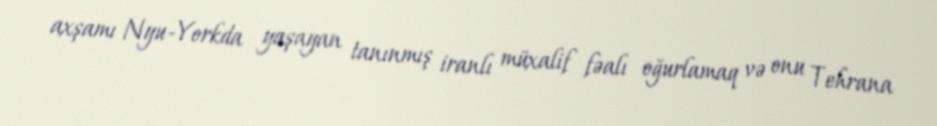
axşamı Nyu-Yorkda yaşayan tanınmış iranlı müxalif fəalı oğurlamaq və onu Tehrana